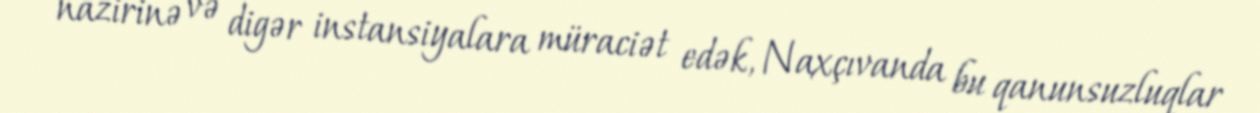
nazirinə və digər instansiyalara müraciət edək, Naxçıvanda bu qanunsuzluqlar